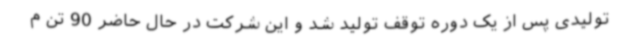
تولیدی پس از یک دوره توقف تولید شد و این شرکت در حال حاضر 90 تن م